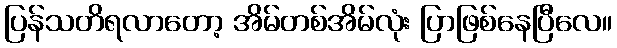
ပြန်သတိရလာတော့ အိမ်တစ်အိမ်လုံး ပြာဖြစ်နေပြီလေ။